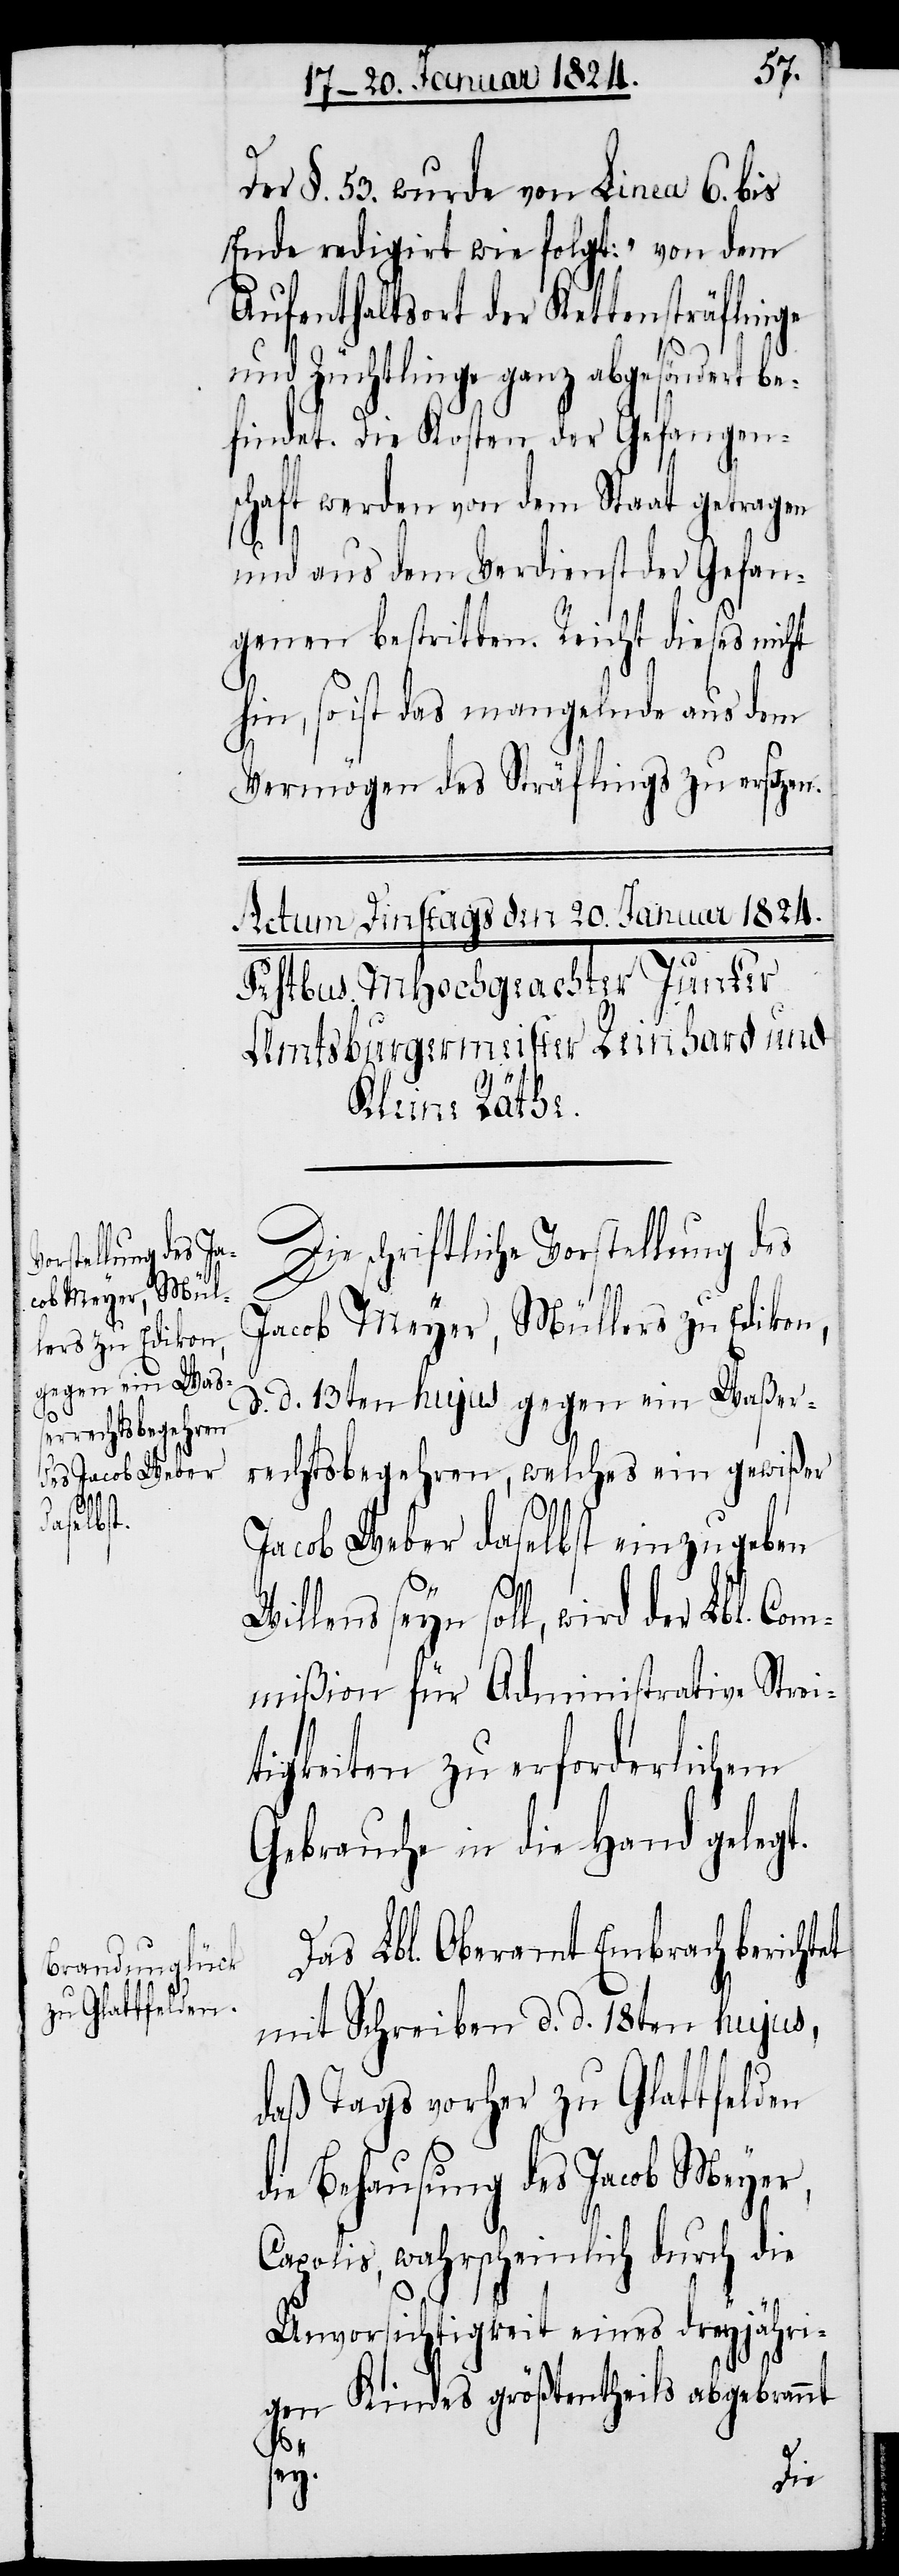
Der §. 53. wurde von Linea 6. bis
Ende redigirt wie folgt: „von dem
Aufenthaltsort der Kettensträflinge
und Züchtlinge ganz abgesöndert
findet. Die Kosten der Gefangen¬
schaft werden von dem Staat getragen
und aus dem Verdienst der Gefan¬
genen bestritten. Reicht dieses nicht
hin, so ist das mangelnde aus dem
Vermögen des Sträflings zu ersetzen.
Die schriftliche Vorstellung des
Jacob Meyer, Müllers zu Edikon,
d. d. 13ten hujus gegen ein Waßer¬
rechtsbegehren, welches ein gewißer
Jacob Weber daselbst einzugeben
seyn soll, wird der Lbl. Com¬
mißion für Administrative Strei¬
tigkeiten zu erforderlichem
Gebrauche in die Hand gelegt.
Das Lbl. Oberamt Embrach berichtet
mit Schreiben d. d. 18ten hujus,
daß Tags vorher zu Glattfelden
die Behausung des Jacob Meyer,
Capolis, wahrscheinlich durch die
Unvorsichtigkeit eines dreyjähri¬
gen Kindes größtentheils abgebrannt
sey.